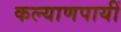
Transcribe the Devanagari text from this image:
कल्याणपायीं